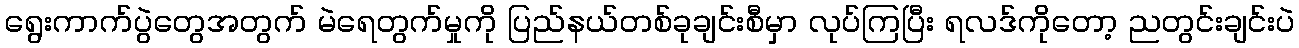
ရွေးကာက်ပွဲတွေအတွက် မဲရေတွက်မှုကို ပြည်နယ်တစ်ခုချင်းစီမှာ လုပ်ကြပြီး ရလဒ်ကိုတော့ ညတွင်းချင်းပဲ